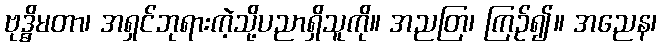
ဗုဒ္ဓိမတာ၊ အရှင်ဘုရားကဲ့သို့ပညာရှိသူကို။ အညတြ၊ ကြဉ်၍။ အညေန၊